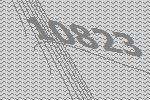
10823